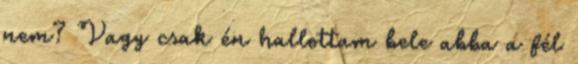
nem? Vagy csak én hallottam bele abba a fél